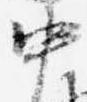
中